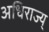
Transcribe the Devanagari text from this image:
अधिराज्य्